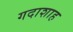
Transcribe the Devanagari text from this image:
गदाशाह